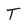
Character: T